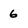
Character: 6